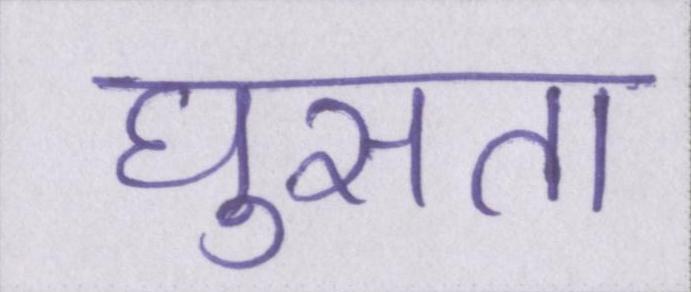
घुसता